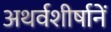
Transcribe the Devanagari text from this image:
अथर्वशीर्षानें